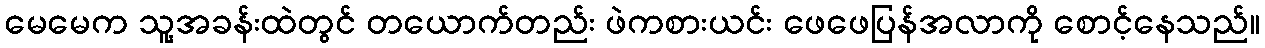
မေမေက သူ့အခန်းထဲတွင် တယောက်တည်း ဖဲကစားယင်း ဖေဖေပြန်အလာကို စောင့်နေသည်။